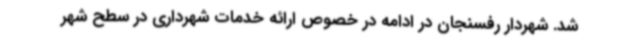
شد. شهردار رفسنجان در ادامه در خصوص ارائه خدمات شهرداری در سطح شهر